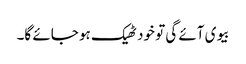
بیوی آئے گی تو خود ٹھیک ہو جائے گا۔